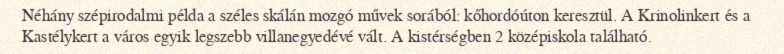
Néhány szépirodalmi példa a széles skálán mozgó művek sorából: kőhordóúton keresztül. A Krinolinkert és a Kastélykert a város egyik legszebb villanegyedévé vált. A kistérségben 2 középiskola található.